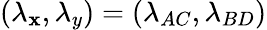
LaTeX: (\lambda_{\mathbf{x}},\lambda_{y})=(\lambda_{AC},\lambda_{BD})